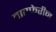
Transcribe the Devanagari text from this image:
वारफेरीन